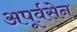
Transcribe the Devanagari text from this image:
अपूर्वसेन